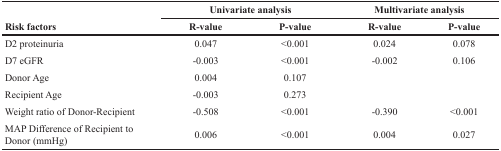
|  | <COLSPAN=2> Univariate analysis | <COLSPAN=2> Multivariate analysis |
 | Risk factors | R-value | P-value | R-value | P-value |
 | --- | --- | --- | --- | --- |
 | D2 proteinuria | 0.047 | <0.001 | 0.024 | 0.078 |
 | D7 eGFR | -0.003 | <0.001 | -0.002 | 0.106 |
 | Donor Age | 0.004 | 0.107 |  |  |
 | Recipient Age | -0.003 | 0.273 |  |  |
 | Weight ratio of Donor-Recipient | -0.508 | <0.001 | -0.390 | <0.001 |
 | MAP Difference of Recipient to Donor (mmHg) | 0.006 | <0.001 | 0.004 | 0.027 |